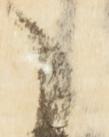
う